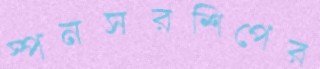
স্পনসরশিপের